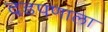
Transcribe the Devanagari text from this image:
दडपणाला